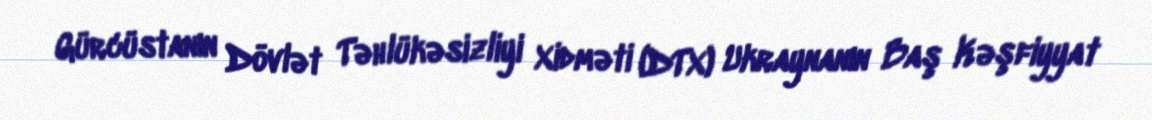
Gürcüstanın Dövlət Təhlükəsizliyi Xidməti (DTX) Ukraynanın Baş Kəşfiyyat